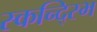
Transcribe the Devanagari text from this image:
स्कन्द्स्भि